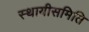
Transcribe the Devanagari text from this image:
स्थायीसमिति